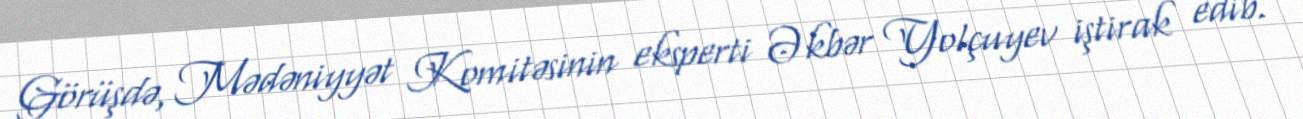
Görüşdə, Mədəniyyət Komitəsinin eksperti Əkbər Yolçuyev iştirak edib.